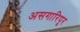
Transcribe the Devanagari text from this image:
असगारिपुर